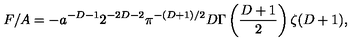
F / A = - a ^ { - D - 1 } 2 ^ { - 2 D - 2 } \pi ^ { - ( D + 1 ) / 2 } D \Gamma \left( { \frac { D + 1 } { 2 } } \right) \zeta ( D + 1 ) ,